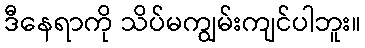
ဒီနေရာကို သိပ်မကျွမ်းကျင်ပါဘူး။